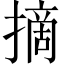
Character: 摘